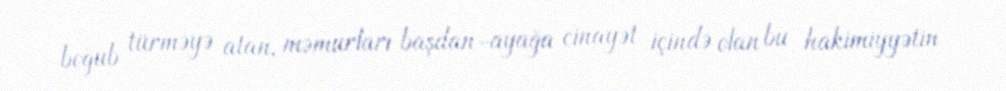
boğub türməyə atan, məmurları başdan-ayağa cinayət içində olan bu hakimiyyətin